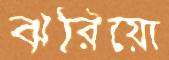
ঝরিয়ো